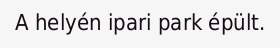
A helyén ipari park épült.